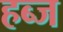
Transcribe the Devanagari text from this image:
हब्ज